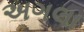
અગલા